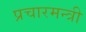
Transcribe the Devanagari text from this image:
प्रचारमन्त्री